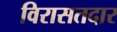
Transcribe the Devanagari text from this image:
विरासतदार